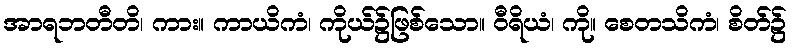
အာရဘတီတိ၊ ကား။ ကာယိကံ၊ ကိုယ်၌ဖြစ်သော။ ဝီရိယံ၊ ကို။ စေတသိကံ၊ စိတ်၌